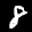
Label: 8